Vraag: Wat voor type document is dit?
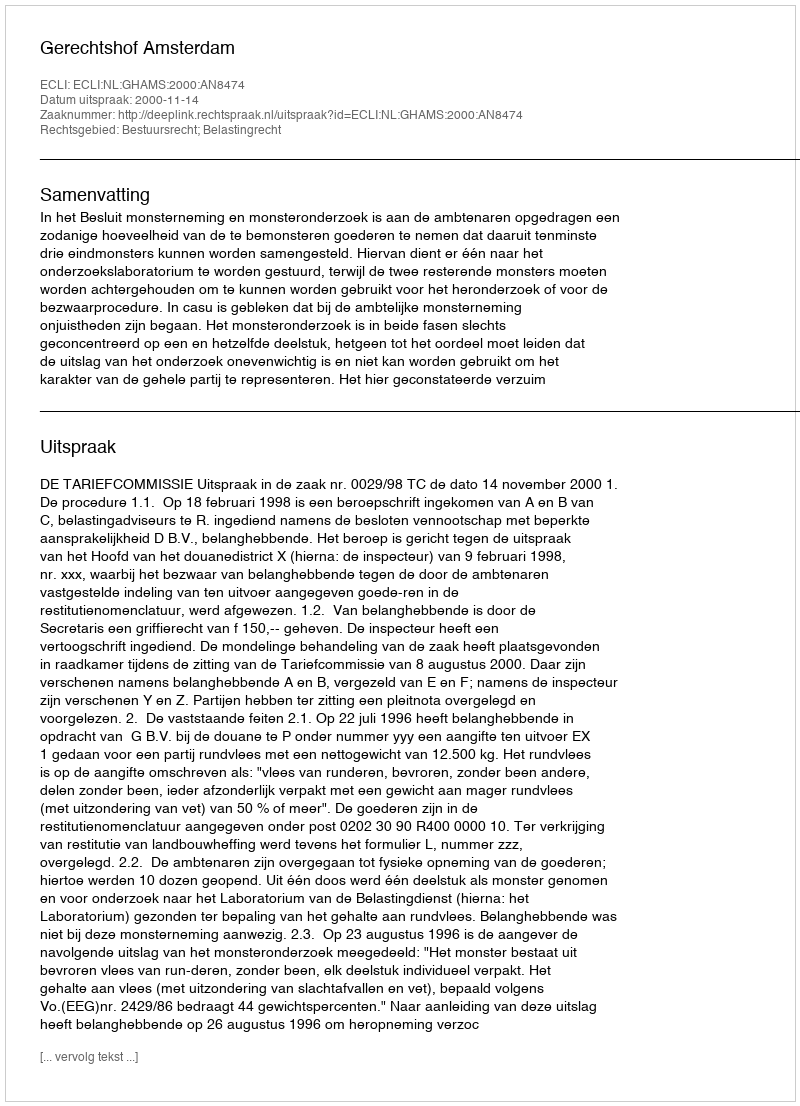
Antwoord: Uitspraak